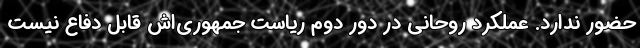
حضور ندارد. عملکرد روحانی در دور دوم ریاست جمهوری‌اش قابل دفاع نیست